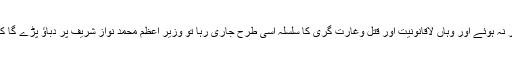
پھر آنے والے دنوں میں اگر کراچی کے حالات بہتر نہ ہوئے اور وہاں لاقانونیت اور قتل وغارت گری کا سلسلہ اسی طرح جاری رہا تو وزیر اعظم محمد نواز شریف پر دباﺅ پڑے گا کہ وہ حالات کی بہتری کے لئے اپنا کردار ادا کریں۔